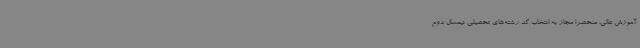
آموزش عالی، منحصراً مجاز به انتخاب کد رشته‌های تحصیلی نیمسال دوم